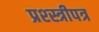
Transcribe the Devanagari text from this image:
प्रश्स्त्रीपत्र